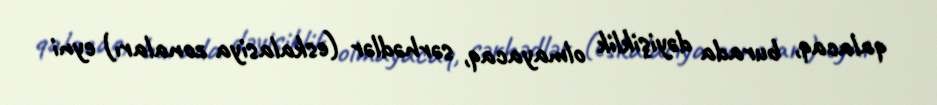
qalacaq, burada dəyişiklik olmayacaq, sərhədlər (eskalasiya zonaları) eyni